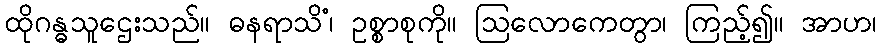
ထိုဂန္ဓသူဌေးသည်။ ဓနရာသိံ၊ ဥစ္စာစုကို။ ဩလောကေတွာ၊ ကြည့်၍။ အာဟ၊